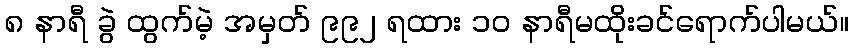
၈ နာရီ ခွဲ ထွက်မဲ့ အမှတ် ၉၉၂ ရထား ၁၀ နာရီမထိုးခင်ရောက်ပါမယ်။